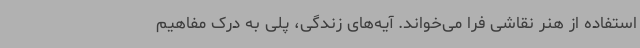
استفاده از هنر نقاشی فرا می‌خواند. آیه‌های زندگی، پلی به درک مفاهیم